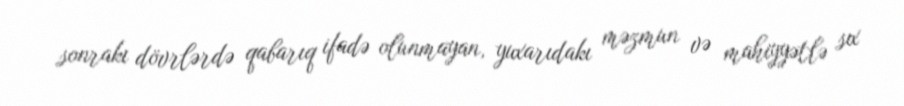
sonrakı dövrlərdə qabarıq ifadə olunmayan, yuxarıdakı məzmun və mahiyyətlə sıx